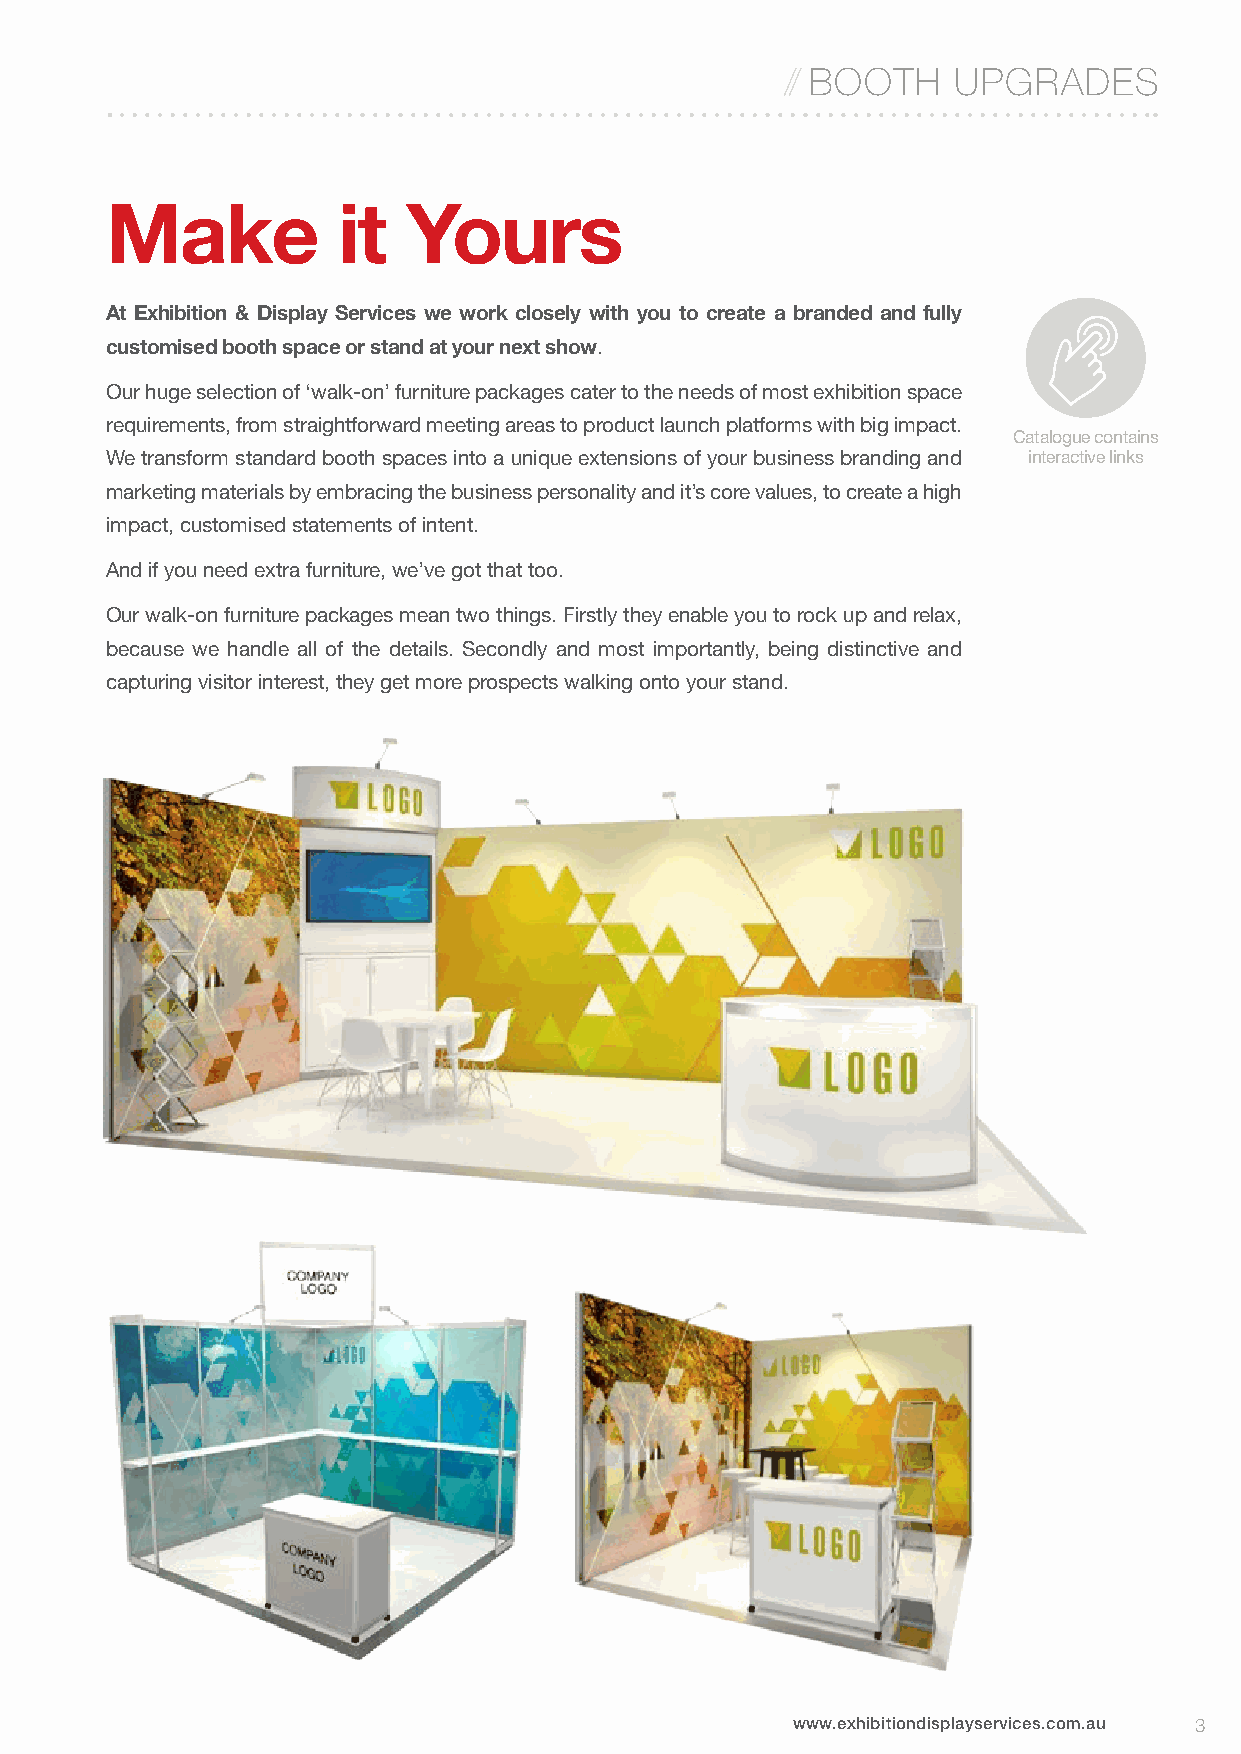
// BOOTH   UPGRADES
 Make           it   Yours
 At Exhibition & Display Services we work closely with you to create a branded and fully
 customised booth space or stand at your next show.
 Our huge selection of ‘walk-on’ furniture packages cater to the needs of most exhibition space
 requirements, from straightforward meeting areas to product launch platforms with big impact.
 Catalogue contains
 We transform standard booth spaces into a unique extensions of your business branding and interactive links
 marketing materials by embracing the business personality and it’s core values, to create a high
 impact, customised statements of intent.
 And if you need extra furniture, we’ve got that too.
 Our walk-on furniture packages mean two things. Firstly they enable you to rock up and relax,
 because we handle all of the details. Secondly and most importantly, being distinctive and
 capturing visitor interest, they get more prospects walking onto your stand.
 MISC
 www.exhibitiondisplayservices.com.au 3